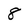
Character: 8